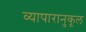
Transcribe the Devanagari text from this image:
व्यापारानुकूल